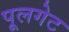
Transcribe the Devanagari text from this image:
पूलगेट